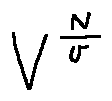
V ^ { \frac { N } { v } }